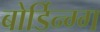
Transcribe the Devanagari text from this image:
बोर्डिन्ग्ग